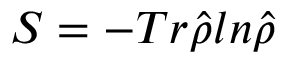
S = - T r \hat { \rho } l n \hat { \rho }